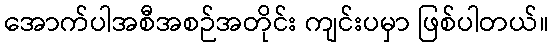
အောက်ပါအစီအစဉ်အတိုင်း ကျင်းပမှာ ဖြစ်ပါတယ်။